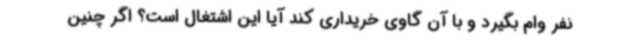
نفر وام بگیرد و با آن گاوی خریداری کند آیا این اشتغال است؟ اگر چنین